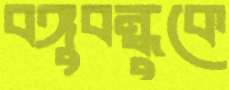
বঙ্গুবন্ধুকে